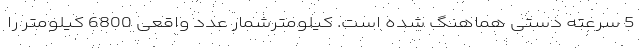
5 سرعته دستی هماهنگ شده است. کیلومترشمار عدد واقعی 6800 کیلومتر را